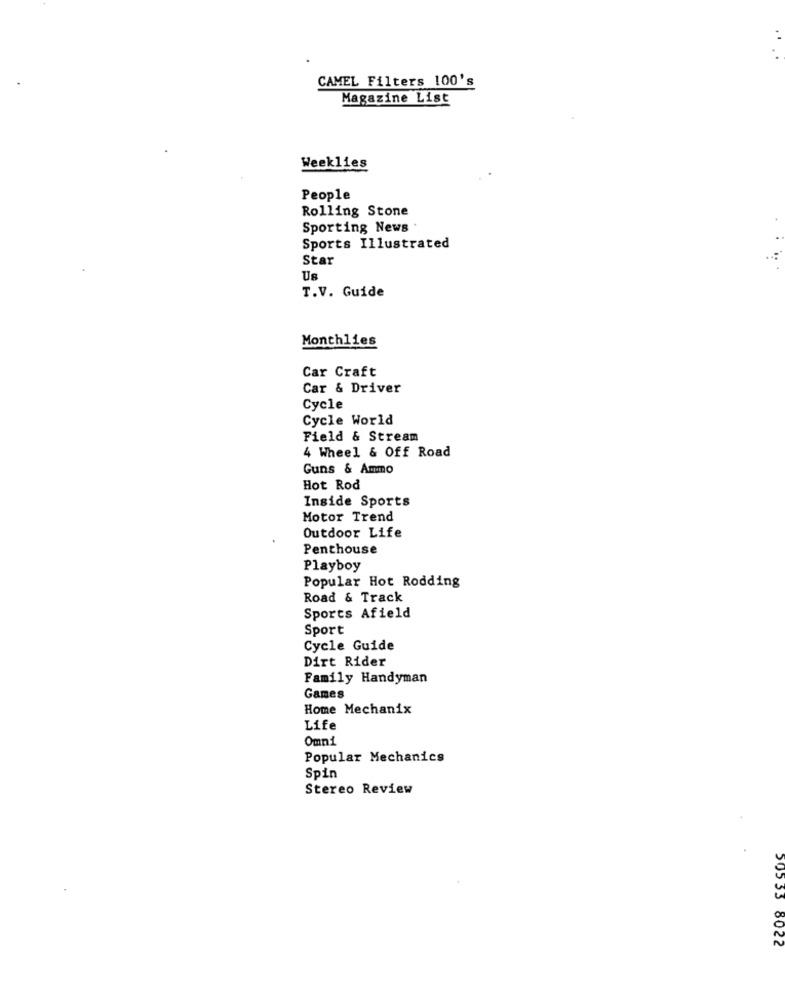
CAMEL Filters 100's
Magazine List
Weeklies
People
Rolling Stone
Sporting News
Sports Illustrated
Star
Us
T.V. Guide
Monthlies
Car Craft
Car & Driver
Cycle
Cycle World
Field & Stream
4 Wheel & Off Road
Guns & Ammo
Hot Rod
Inside Sports
Motor Trend
Outdoor Life
Penthouse
Playboy
Popular Hot Rodding
Road & Track
Sports Afield
Sport
Cycle Guide
Dirt Rider
Family Handyman
Games
Home Mechanix
Life
Omni
Popular Mechanics
Spin
Stereo Review
505 53
8022